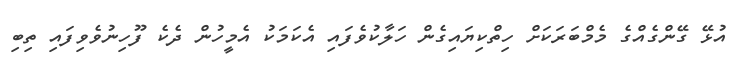
އުޅޭ ގޭންގެއްގެ މެމްބަރަކަށް ހިތްކިޔައިގެން ހަލާކުވެފައި އެކަމަކު އެމީހުން ދެކެ ފޫހިނުވެވިފައި ތިބި